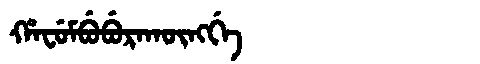
Manchu: ᡥᠠᠸᡠᠮᠪᡠᠪᡠᡵᠠᡴᡡᠩᡤᡝ
Romanization: HAFUMBUBURAKŪNGGE